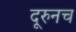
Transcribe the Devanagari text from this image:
दूरुनच